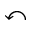
\curvearrowleft